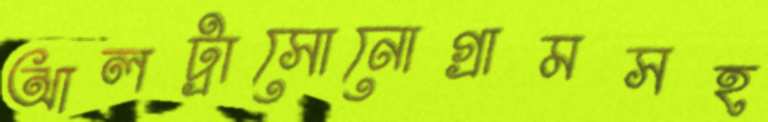
আলট্রাসোনোগ্রামসহ